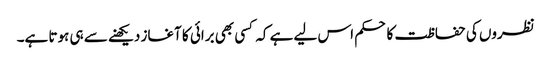
نظروں کی حفاظت کا حکم اس لیے ہے کہ کسی بھی برائی کا آغاز دیکھنے سے ہی ہوتا ہے۔